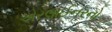
એરલાઈનરનો